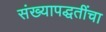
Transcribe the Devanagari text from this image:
संख्यापद्धतींचा